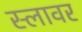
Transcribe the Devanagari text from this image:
स्लावर